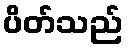
ပိတ်သည်